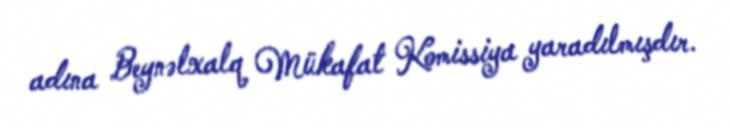
adına Beynəlxalq Mükafat Komissiya yaradılmışdır.